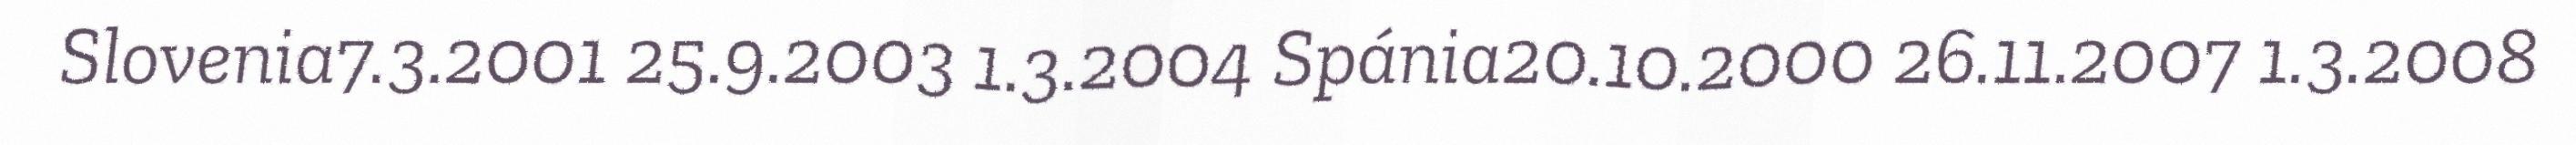
Slovenia7.3.2001 25.9.2003 1.3.2004 Spánia20.10.2000 26.11.2007 1.3.2008